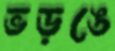
ভড়ঙে